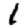
Digit: 1